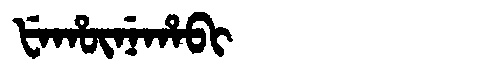
Manchu: ᡶᡝᡥᡡᠨᡝᡥᠠᠪᡳ
Romanization: FEHŪNEHABI